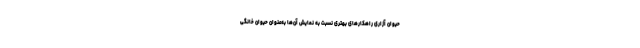
حیوان آزاری راهکارهای بهتری نسبت به نمایش آن‌ها به‌عنوان حیوان خانگی